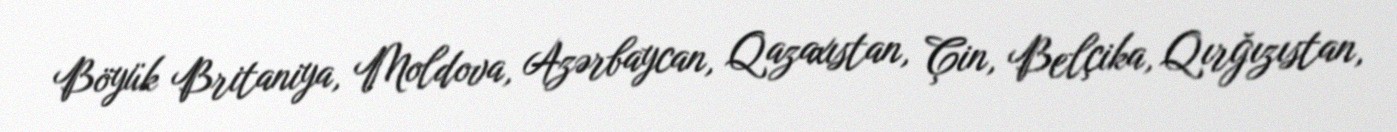
Böyük Britaniya, Moldova, Azərbaycan, Qazaxıstan, Çin, Belçika, Qırğızıstan,